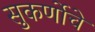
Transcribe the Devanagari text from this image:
सुकर्णोचे